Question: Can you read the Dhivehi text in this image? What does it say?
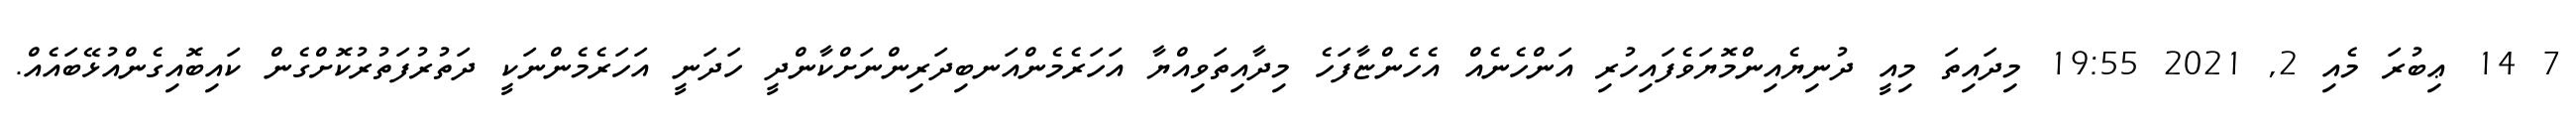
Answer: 7 14 ޢިބުރަ މެއި 2, 2021 19:55 މިދައިތަ މިއީ ދުނިޔެއިންމޮޔަވެފައިހުރި އަންހެނެއް އެހެންޏާފަހެ މިދާއިތަވިއްޔާ އަހަރެމެންއަނބިދަރިންނަށްކާންދީ ހަދަނީ އަހަރެމެންނަކީ ދަތުރުފަތުރުކޮށްގެން ކައިބޮއިގެންއުޅޭބައެއް.